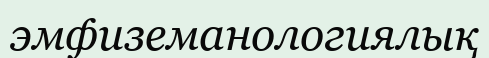
эмфиземанологиялық